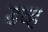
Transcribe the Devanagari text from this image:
डव्ह